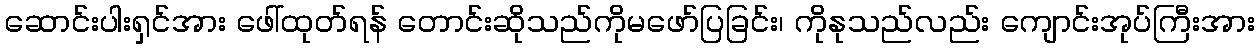
ဆောင်းပါးရှင်အား ဖေါ်ထုတ်ရန် တောင်းဆိုသည်ကိုမဖော်ပြခြင်း၊ ကိုနုသည်လည်း ကျောင်းအုပ်ကြီးအား